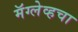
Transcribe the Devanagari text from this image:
मॅग्लेव्हचा